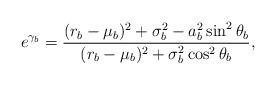
LaTeX: \begin{align*}e^{\gamma_b}=\frac{(r_b-\mu_b)^2+\sigma_b^2-a_b^2\sin^2\theta_b}{(r_b-\mu_b)^2+\sigma_b^2\cos^2\theta_b},\end{align*}